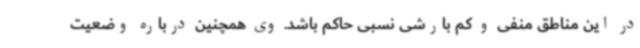
در این مناطق منفی و کم بارشی نسبی حاکم باشد. وی همچنین درباره وضعیت